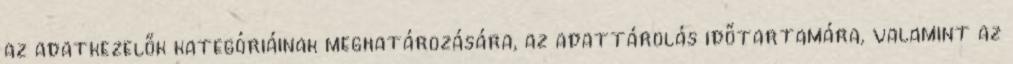
az adatkezelők kategóriáinak meghatározására, az adattárolás időtartamára, valamint az